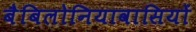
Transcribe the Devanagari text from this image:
बैबिलोनियावासियों